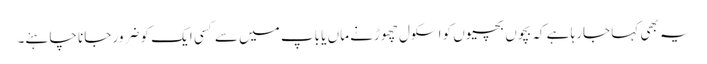
یہ بھی کہا جارہا ہے کہ بچوں بچیوں کو اسکول چھوڑنے ماں یا باپ میں سے کسی ایک کو ضرور جانا چاہئے۔